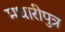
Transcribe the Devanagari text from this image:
मधारीपुत्र